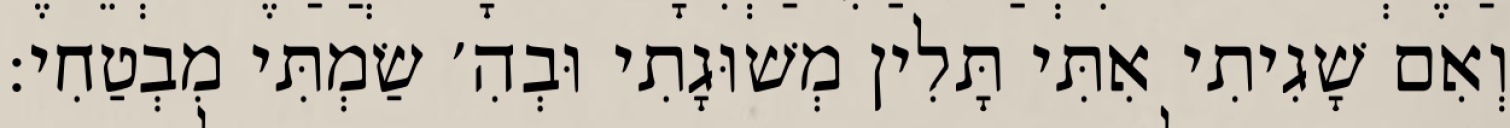
וְאִם שָׁגִיתִי אִתִּי תָּלִין מְשׁוּגָתִי וּבְהִ׳ שַׂמְתִּי מִבְטַחִי: